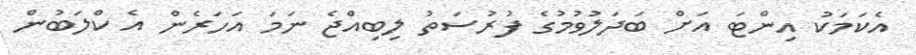
އެކަމަކު އިންޓަ އަށް ބަދަލުވުމުގެ ފުރުސަތު ލިބިއްޖެ ނަމަ އަހަރެން އެ ކްލަބުން